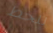
للخط